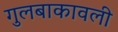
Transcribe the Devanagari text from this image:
गुलबाकावली